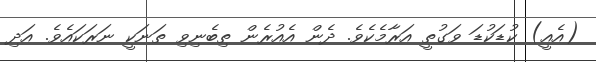
(އެއީ) ކުޑަކުޑަ ވަގުތީ އަރާމެކެވެ. ދެން އެއުރެން ތިބެނިވި ތަނަކީ ނަރަކައެވެ. އަދި